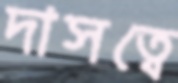
দাসত্বে